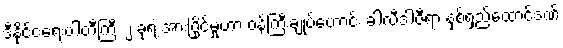
ဒီနိုင်ငံရေးပါတီကြီး ၂ ခုရဲ့ အားပြိုင်မှုဟာ ဝန်ကြီးချုပ်ဟောင်း ခါလီဒါဇီရာ နှစ်ရှည်ထောင်ဒဏ်